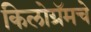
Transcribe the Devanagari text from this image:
किलोग्रॅमचे